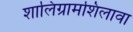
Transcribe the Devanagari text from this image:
शालिग्रामशिलावा